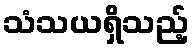
သံသယရှိသည့်